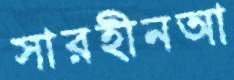
সারহীনআ